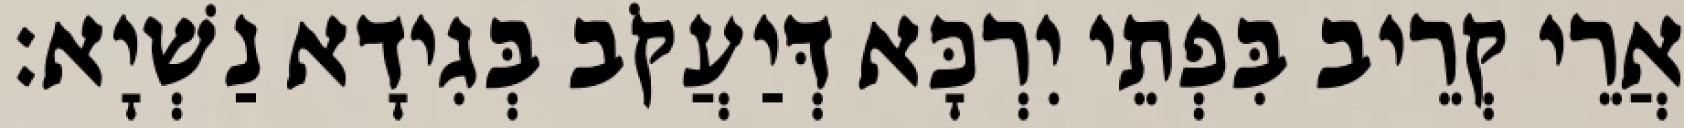
אֲרֵי קְרֵיב בִּפְתֵי יִרְכָּא דְּיַעֲקֹב בְּגִידָא נַשְׁיָא׃